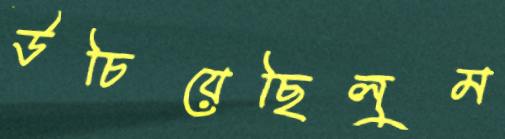
উচিয়েছিলুম